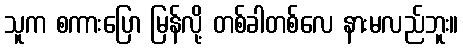
သူက စကားပြော မြန်လို့ တစ်ခါတစ်လေ နားမလည်ဘူး။